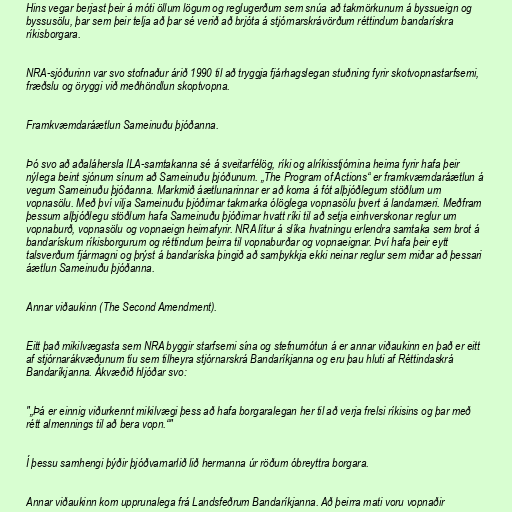
Hins vegar berjast þeir á móti öllum lögum og reglugerðum sem snúa að takmörkunum á byssueign og
byssusölu, þar sem þeir telja að þar sé verið að brjóta á stjórnarskrávörðum réttindum bandarískra
ríkisborgara.

NRA-sjóðurinn var svo stofnaður árið 1990 til að tryggja fjárhagslegan stuðning fyrir skotvopnastarfsemi,
fræðslu og öryggi við meðhöndlun skoptvopna.

Framkvæmdaráætlun Sameinuðu þjóðanna.

Þó svo að aðaláhersla ILA-samtakanna sé á sveitarfélög, ríki og alríkisstjórnina heima fyrir hafa þeir
nýlega beint sjónum sínum að Sameinuðu þjóðunum. „The Program of Actions“ er framkvæmdaráætlun á
vegum Sameinuðu þjóðanna. Markmið áætlunarinnar er að koma á fót alþjóðlegum stöðlum um
vopnasölu. Með því vilja Sameinuðu þjóðirnar takmarka ólöglega vopnasölu þvert á landamæri. Meðfram
þessum alþjóðlegu stöðlum hafa Sameinuðu þjóðirnar hvatt ríki til að setja einhverskonar reglur um
vopnaburð, vopnasölu og vopnaeign heimafyrir. NRA lítur á slíka hvatningu erlendra samtaka sem brot á
bandarískum ríkisborgurum og réttindum þeirra til vopnaburðar og vopnaeignar. Því hafa þeir eytt
talsverðum fjármagni og þrýst á bandaríska þingið að samþykkja ekki neinar reglur sem miðar að þessari
áætlun Sameinuðu þjóðanna.

Annar viðaukinn (The Second Amendment).

Eitt það mikilvægasta sem NRA byggir starfsemi sína og stefnumótun á er annar viðaukinn en það er eitt
af stjórnarákvæðunum tíu sem tilheyra stjórnarskrá Bandaríkjanna og eru þau hluti af Réttindaskrá
Bandaríkjanna. Ákvæðið hljóðar svo:

"„Þá er einnig viðurkennt mikilvægi þess að hafa borgaralegan her til að verja frelsi ríkisins og þar með
rétt almennings til að bera vopn.“"

Í þessu samhengi þýðir þjóðvarnarlið lið hermanna úr röðum óbreyttra borgara.

Annar viðaukinn kom upprunalega frá Landsfeðrum Bandaríkjanna. Að þeirra mati voru vopnaðir